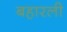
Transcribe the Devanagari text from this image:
बहारली